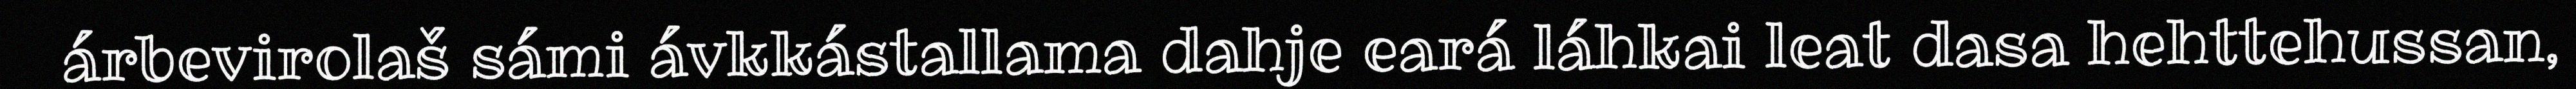
árbevirolaš sámi ávkkástallama dahje eará láhkai leat dasa hehttehussan,